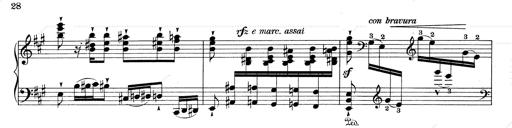
Title: RÃ©miniscences de Don Juan
Composer: Franz Liszt